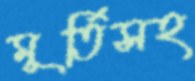
মূর্তিসহ